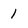
Character: 1